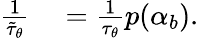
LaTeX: \begin{array}{rl}{\frac{1}{\tilde{\tau}_{\theta}}}&{{}=\frac{1}{\tau_{\theta}}p(\alpha_{b}).}\end{array}